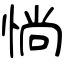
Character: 惝